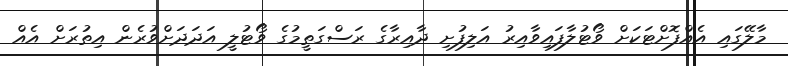
މާލޭގައި އެއްފޮށްޓަކަށް ވޯޓުލާފައިވާއިރު އަލިފުށި ދާއިރާގެ ރަސްގަތީމުގެ ވޯޓުލީ އަދަދަށްވުރެން އިތުރަށް އެއް